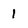
Character: 1